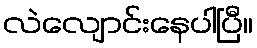
လဲလျောင်းနေပါပြီ။